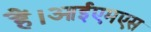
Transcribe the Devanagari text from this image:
हैं।आईएमएस